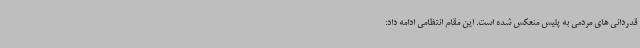
قدردانی های مردمی به پلیس منعکس شده است. این مقام انتظامی ادامه داد: